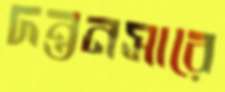
দন্তনসারে